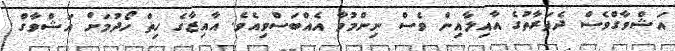
އަޝްވާގްވެސް ދެފަރާތުގެ އާއިލާއިން ވެސް ނިންމުމާ އެއްބަސްވިއެވެ. އާއިޒާގެ ހިތް ހޯދުމަށް އަޝްވާގް